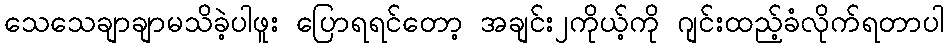
သေသေချာချာမသိခဲ့ပါဖူး ပြောရရင်တော့ အချင်း၂ကိုယ့်ကို ဂျင်းထည့်ခံလိုက်ရတာပါ